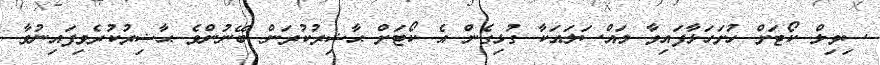
ސިވިލް ކޯޓަށް ހުށަހަޅާފައިވާ މައްސަލައަކާ ގުޅިގެން އެ ކޯޓަށް ޙާޟިރުކުރަން ބޭނުންވެ ޙާޟިރުކުރެވިފައިނުވާ